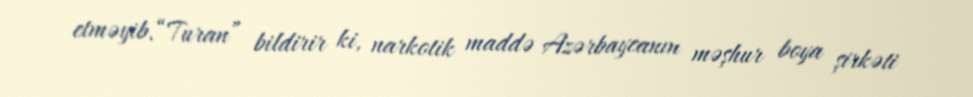
etməyib.“Turan” bildirir ki, narkotik maddə Azərbaycanın məşhur boya şirkəti